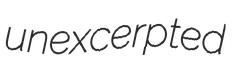
unexcerpted